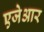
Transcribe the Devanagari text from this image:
एजेआर